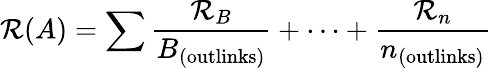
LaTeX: \mathcal{R}(A)=\sum{\frac{{\mathcal{R}_{B}}}{{B_{\mathrm{{(outlinks)}}}}}}+\cdots+{\frac{{\mathcal{R}_{n}}}{{n_{\mathrm{{(outlinks)}}}}}}